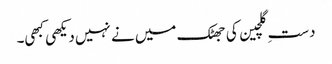
دستِ گلچین کی جھٹک میں نے نہیں دیکھی کبھی۔